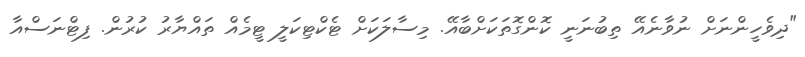
"ދިވެހީންނަށް ނުވާނެއޭ ތިބުނަނީ ކޮންގޮތަކަށްބާއޭ. މިސާލަކަށް ޓެކްޓިކަލީ ޓީމެއް ތައްޔާރު ކުރުން. ފިޓްނަސްއާ